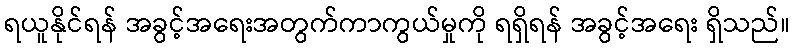
ရယူနိုင်ရန် အခွင့်အရေးအတွက်ကာကွယ်မှုကို ရရှိရန် အခွင့်အရေး ရှိသည်။